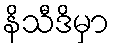
နိသီဒိမှာ